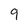
Character: 9